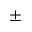
\pm